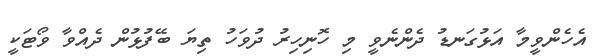
އެހެންވީމާ އަޅުގަނޑު ދެންނެވީ މި ހޮނިހިރު ދުވަހު ތިޔަ ބޭފުޅުން ދެއްވާ ވޯޓަކީ